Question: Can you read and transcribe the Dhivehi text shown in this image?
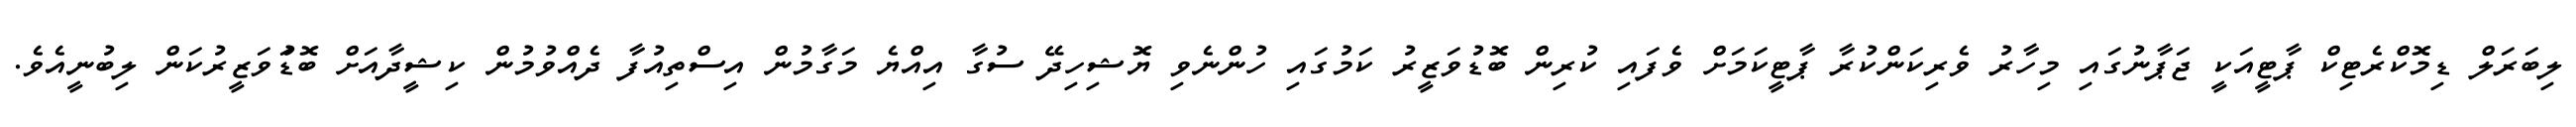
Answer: ލިބަރަލް ޑިމޮކްރެޓިކް ޕާޓީއަކީ ޖަޕާނުގައި މިހާރު ވެރިކަންކުރާ ޕާޓީކަމަށް ވެފައި ކުރިން ބޮޑުވަޒީރު ކަމުގައި ހުންނެވި ޔޮޝިހިދޭ ސުގާ އިއްޔެ މަގާމުން އިސްތިއުފާ ދެއްވުމުން ކިޝީދާއަށް ބޮޑުަވަޒީރުކަން ލިބުނީއެވެ.